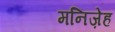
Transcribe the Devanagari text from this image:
मनिज़ेह